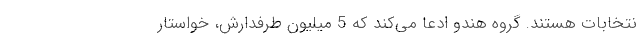
نتخابات هستند. گروه هندو ادعا می‌کند که 5 میلیون طرفدارش، خواستار